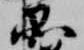
品